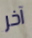
آخر